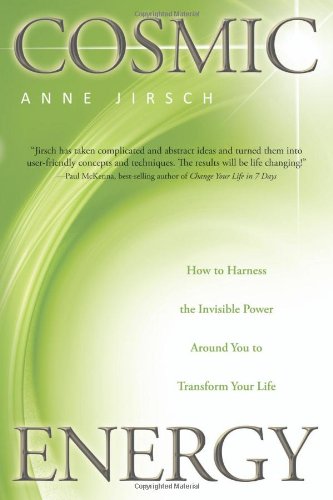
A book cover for Cosmic Energy: How to Harness the Invisible Power Around You to Transform Your Life; Anne Jirsch; Religion & Spirituality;